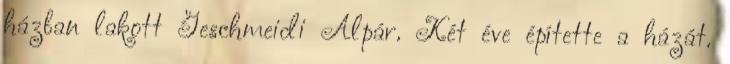
házban lakott Geschmeidi Alpár. Két éve építette a házát.